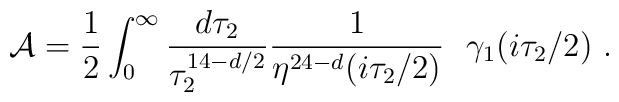
{\cal A}= {1\over2}\int_0^\infty {d\tau_2 \over\tau_2^{14- d /2}}  {1\over \eta^{24-d }(i\tau_2/ 2)}~~\gamma_1 (i \tau_2 / 2) \ .